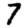
Digit: 7